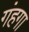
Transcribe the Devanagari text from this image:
गंहगा